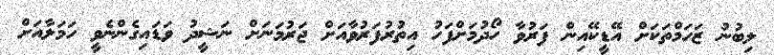
ލިބުނު ޒަހަމްތަކަށް އޭޑީކޭއިން ފަރުވާ ހޯދުމަށްފަހު އިތުރުފަރުވާއަށް ޖަރުމަނަށް ނަޝީދު ވަޑައިގެންނެވީ ހަމަލާއަށް